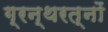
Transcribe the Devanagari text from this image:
ग्रन्थरत्नों